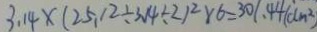
3 . 1 4 \times ( 2 5 . 1 2 \div 3 . 1 4 \div 2 ) ^ { 2 } \times 6 = 3 0 1 . 4 4 ( d m ^ { 2 } )